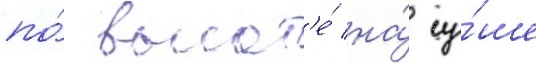
по́ высот'е́ на́ су́ше